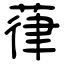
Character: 葎